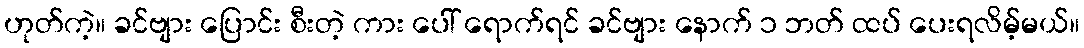
ဟုတ်ကဲ့။ ခင်ဗျား ပြောင်း စီးတဲ့ ကား ပေါ် ရောက်ရင် ခင်ဗျား နောက် ၁ ဘတ် ထပ် ပေးရလိမ့်မယ်။